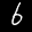
Label: 6